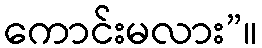
ကောင်းမလား”။